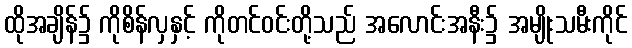
ထိုအချိန်၌ ကိုစိန်လှနှင့် ကိုတင်ဝင်းတို့သည် အလောင်းအနီး၌ အမျိုးသမီးကိုင်